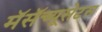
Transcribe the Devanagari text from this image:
मॅसॅच्यूसेटस